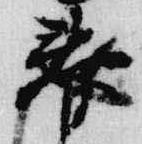
春